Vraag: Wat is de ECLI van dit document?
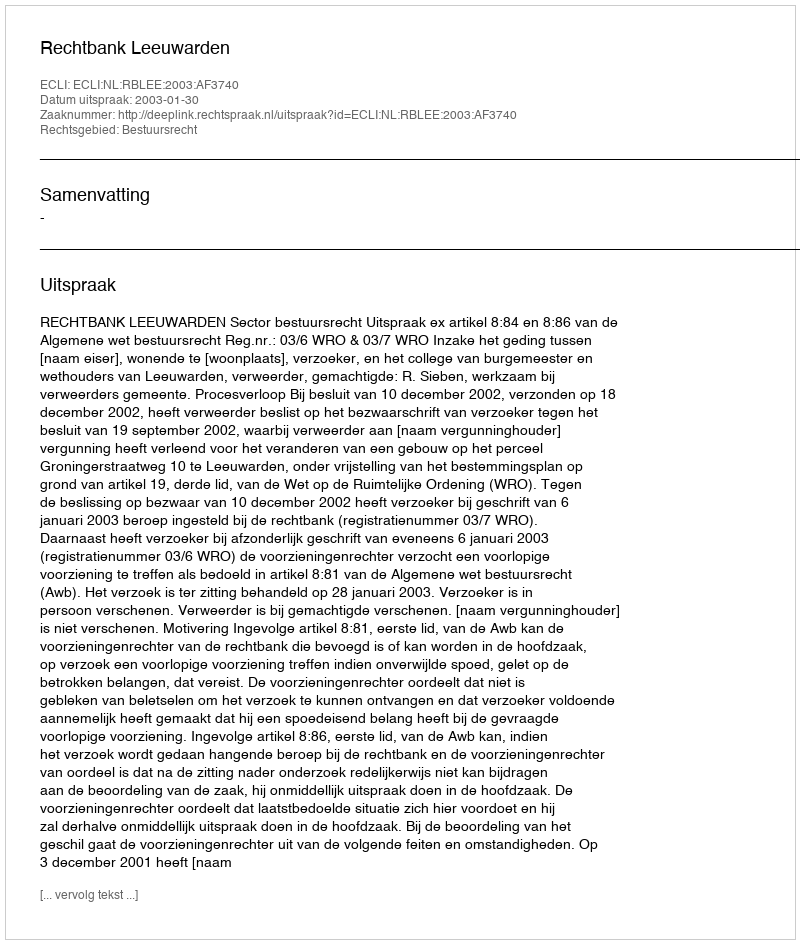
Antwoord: ECLI:NL:RBLEE:2003:AF3740